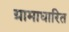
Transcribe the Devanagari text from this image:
ग्रामाधारित